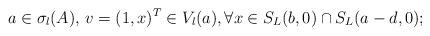
LaTeX: \begin{align*} a\in \sigma_l(A),\,v=(1,x)^T\in V_l(a), \forall x\in S_L(b,0)\cap S_L(a-d,0);\end{align*}